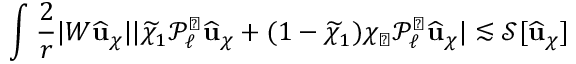
\int \frac { 2 } { r } | W \widehat { \mathbf { u } } _ { \chi } | | \widetilde { \chi } _ { 1 } \mathcal { P } _ { \ell } ^ { \natural } \widehat { \mathbf { u } } _ { \chi } + ( 1 - \widetilde { \chi } _ { 1 } ) \chi _ { \sharp } \mathcal { P } _ { \ell } ^ { \sharp } \widehat { \mathbf { u } } _ { \chi } | \lesssim \mathcal { S } [ \widehat { \mathbf { u } } _ { \chi } ]